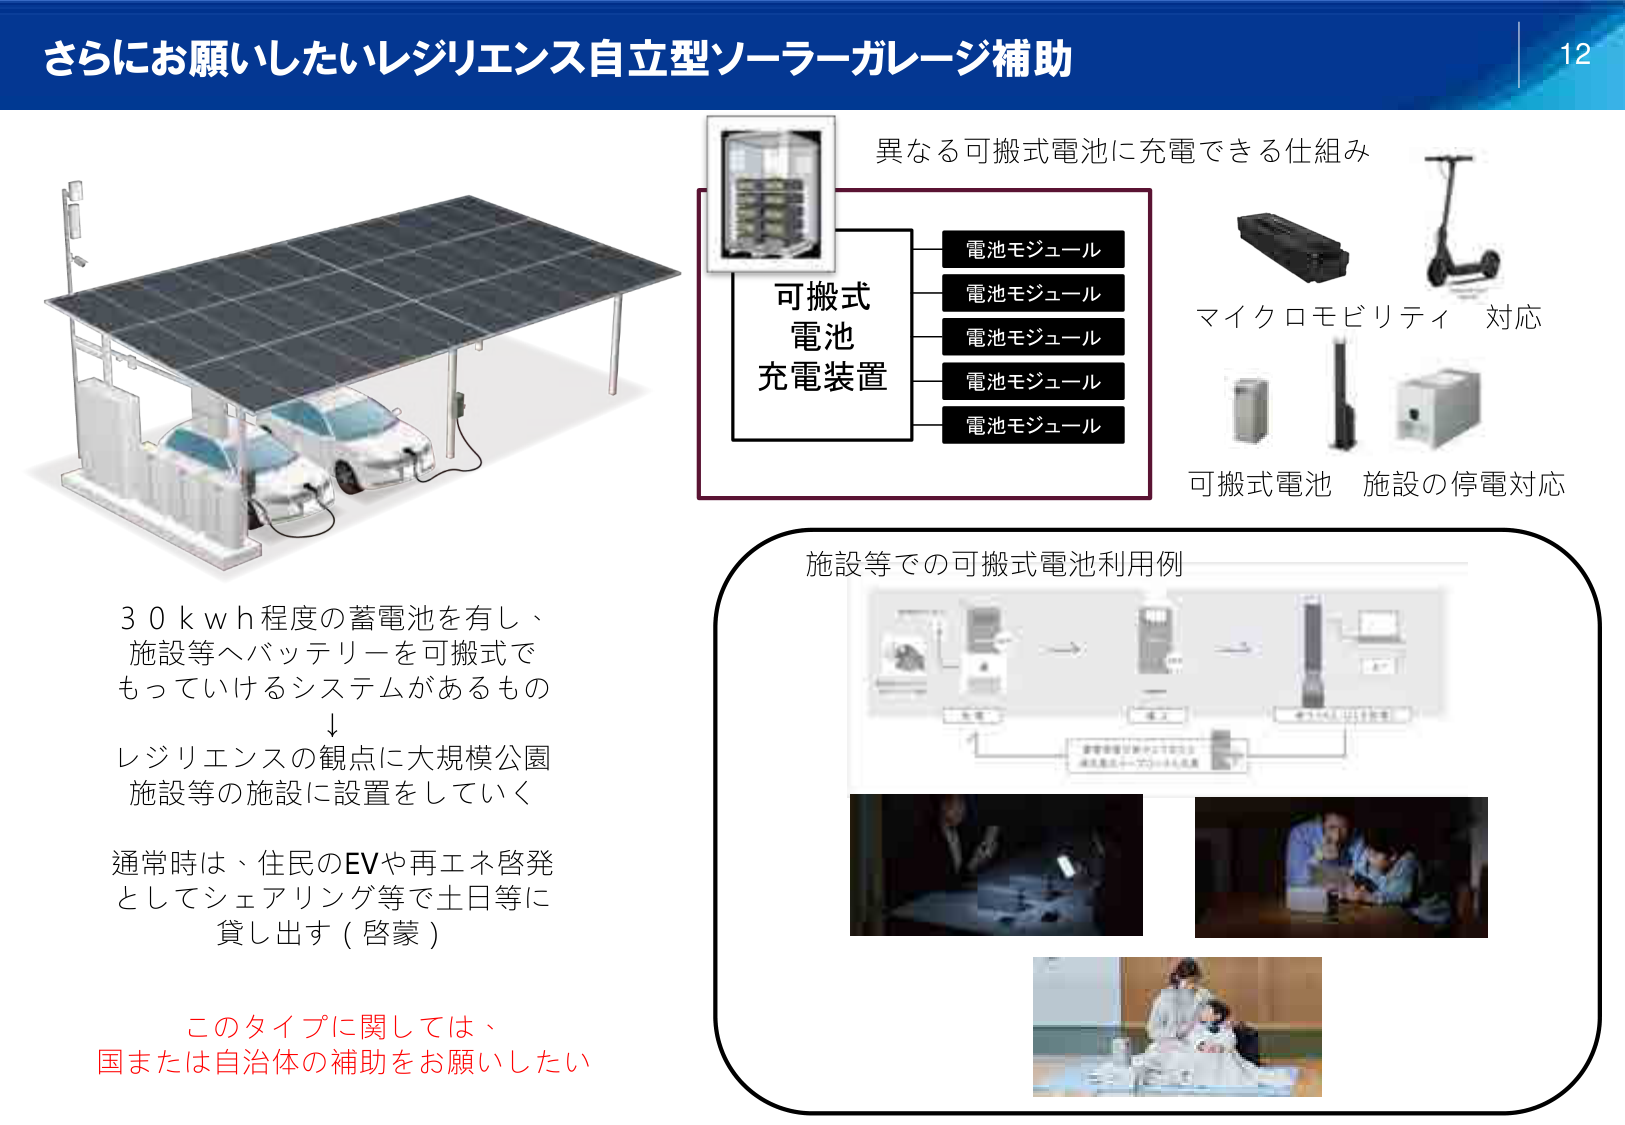
さらにお願いしたいレジリエンス自立型ソーラーガレージ補助

12

異なる可搬式電池に充電できる仕組み

可搬式
電池
充電装置

電池モジュール
電池モジュール
電池モジュール
電池モジュール
電池モジュール

マイクロモビリティ 対応

可搬式電池 施設の停電対応

30kwh程度の蓄電池を有し、
施設等へバッテリーを可搬式で
もっていけるシステムがあるもの
↓
レジリエンスの観点に大規模公園
施設等の施設に設置をしていく

通常時は、住民のEVや再エネ啓発
としてシェアリング等で土日等に
貸し出す（啓蒙）

このタイプに関しては、
国または自治体の補助をお願いしたい

施設等での可搬式電池利用例